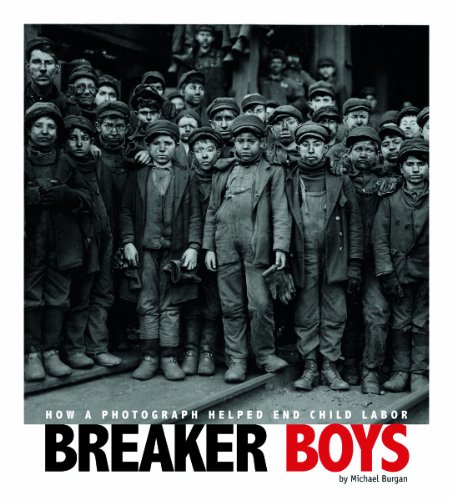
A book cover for Breaker Boys: How a Photograph Helped End Child Labor (Captured History); Michael Burgan; Children's Books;